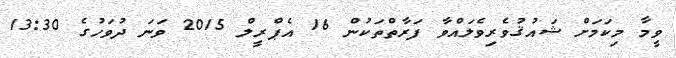
ވީމާ މިކަމަށް ޝައުޤުވެރިވެލައްވާ ފަރާތްތަކުން 16 އެޕްރީލް 2015 ވަނަ ދުވަހުގެ 13:30